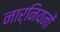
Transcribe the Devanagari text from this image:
नार्नियनों